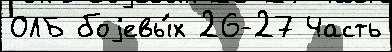
ОЛБ боjевы́х 26-27 Часть